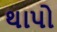
થાપો